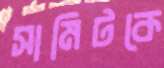
সামিটকে